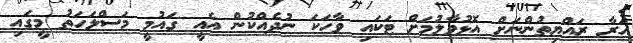
އަރާ ރައްޔިތުންނަށް އޮޅުވާލުމަށް ޓަކައި ވާހަކަ ނުދެއްކުން އެއީ ގައުމީ މަސްލަހަތު މީގައި